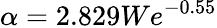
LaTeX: \alpha=2.829We^{-0.55}